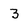
Character: 3